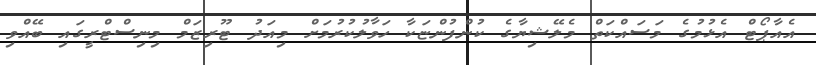
އެއާޕޯޓް އެޅުމުގެ މަސައްކަތް މެލޭޝިޔާގެ ކުންފުންޏަކާ ހަވާލުކުރުމަށް މިއަދު ޓޫރިޒަމް މިނިސްޓްރީގައި ބޭއްވި